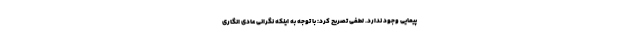
پیمایی وجود ندارد. لطفی تصریح کرد: با توجه به اینکه نگرانی عادی انگاری